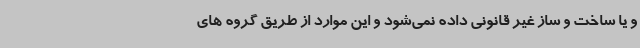
و یا ساخت و ساز غیر قانونی داده نمی‌شود و این موارد از طریق گروه های